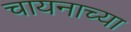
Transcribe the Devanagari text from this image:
चायनाच्या